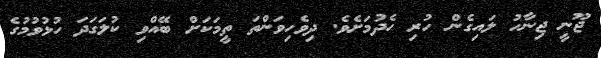
ޖޫނީ ޖިނާހު ލައިގެން ހުރި ހެދުމަށެވެ. ދިވެހިވަންތަ ތީމަކަށް ބޭއްވި ކުލަގަދަ ހުޅުވުމުގެ